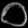
Digit: ၀